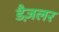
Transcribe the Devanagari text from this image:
डैज़लर